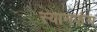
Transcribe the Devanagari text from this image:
स्यानफंग